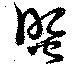
照